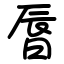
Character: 㫳